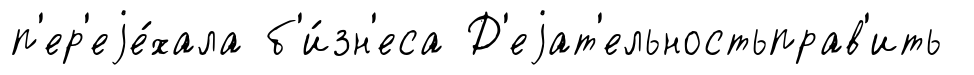
п'ер'еjе́хала б'и́зн'еса Д'еjат'ельностьправ'ить